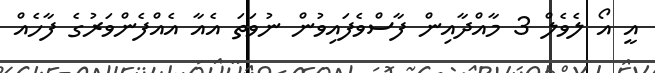
އީ އޯ ލެވެލް 3 މާއްދާއިން ފާސްވެފައިވުން ނުވަތަ އެއާ އެއްފެންވަރުގެ ފާހެއް